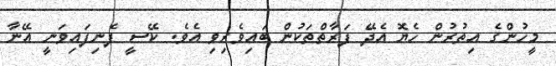
މީހުންގެ އިތުރުން ހެޔޮ އެދޭ ފަރާތްތަކުން ބައިވެރިވި އެވެ. ކޭސީ ފެނިފައިވަނީ އޭނާ